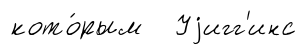
кото́рым Уjигг'инс